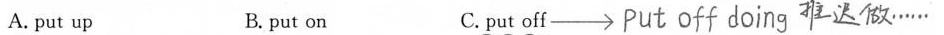
A. put up B. put on C.put off\longrightarrow ##Put off doing 推迟做……##